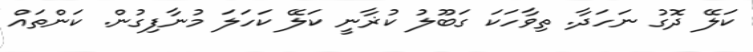
ކަލޭ ދޮގު ނަހަދާ. ތިވާހަކަ ގަބޫލު ކުޜާނީ ކަލޭ ކަހަލަ މުނާފިގުން. ކަންތައް